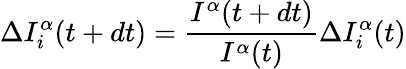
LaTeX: \Delta I_{i}^{\alpha}(t+dt)=\frac{I^{\alpha}(t+dt)}{I^{\alpha}(t)}\Delta I_{i}^{\alpha}(t)